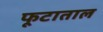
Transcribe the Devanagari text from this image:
फूटाताल